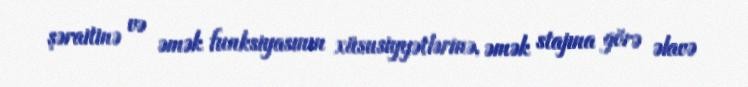
şəraitinə və əmək funksiyasının xüsusiyyətlərinə, əmək stajına görə əlavə